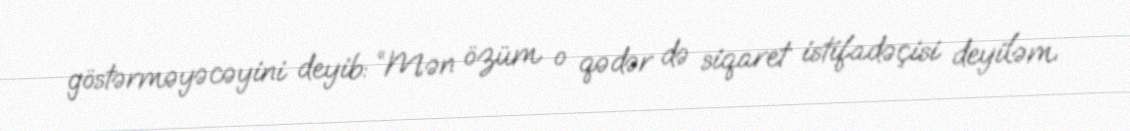
göstərməyəcəyini deyib: “Mən özüm o qədər də siqaret istifadəçisi deyiləm.